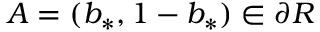
A = ( b _ { * } , 1 - b _ { * } ) \in \partial { \cal R }